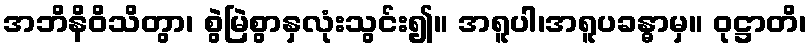
အဘိနိဝိသိတွာ၊ စွဲမြဲစွာနှလုံးသွင်း၍။ အရူပါ၊အရူပခန္ဓာမှ။ ဝုဋ္ဌာတိ၊